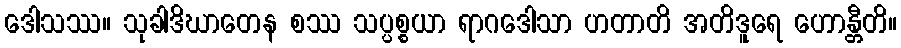
ဒေါသဿ။ သုခါဒိဃာတေန စဿ သပ္ပစ္စယာ ရာဂဒေါသာ ဟတာတိ အတိဒူရေ ဟောန္တီတိ။